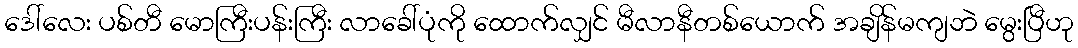
ဒေါ်လေး ပစ်တီ မောကြီးပန်းကြီး လာခေါ်ပုံကို ထောက်လျှင် မီလာနီတစ်ယောက် အချိန်မကျဘဲ မွေးပြီဟု